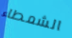
الشمطاء